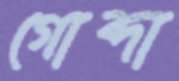
গোব্দা